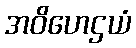
အဝိဟေဌယံ